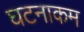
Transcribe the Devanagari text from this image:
घटनाकम